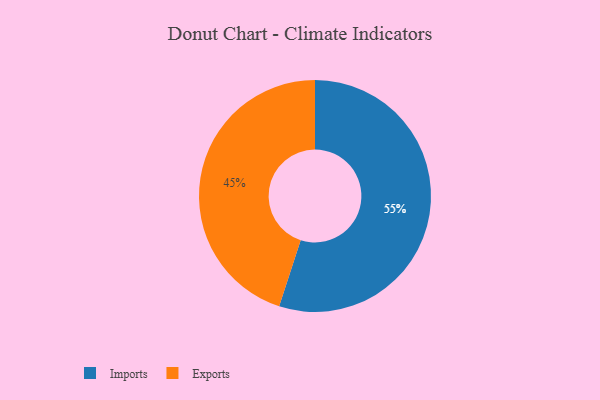
{"axis": {"x": "Category", "y": "Percentage"}, "legend": ["Exports", "Imports"], "data": [{"x": "Imports", "y": 55, "type": "Imports"}, {"x": "Exports", "y": 45, "type": "Exports"}]}